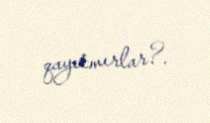
qayıtmırlar?.